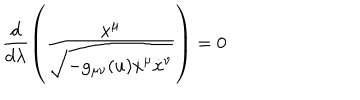
\frac { d } { d \lambda } \left( \frac { \dot { x } ^ { \mu } } { \sqrt { - g _ { \mu \nu } ( u ) \dot { x } ^ { \mu } \dot { x } ^ { \nu } } } \right) = 0